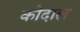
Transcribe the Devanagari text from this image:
कोदाल